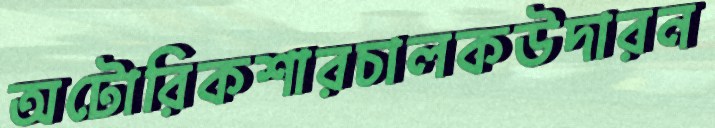
অটোরিকশারচালকউদারন